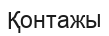
Қонтажы